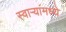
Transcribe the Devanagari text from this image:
स्वाऱ्यांमध्ये